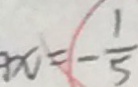
3 x = - \frac { 1 } { 5 }